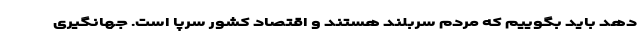
دهد باید بگوییم که مردم سربلند هستند و اقتصاد کشور سرپا است. جهانگیری